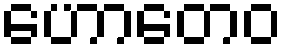
ဟောတေဝ